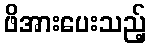
ဖိအားပေးသည့်